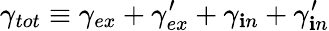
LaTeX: \gamma_{tot}\equiv\gamma_{ex}+\gamma_{ex}^{\prime}+\gamma_{\mathbf{i}n}+\gamma_{\mathbf{i}n}^{\prime}